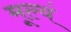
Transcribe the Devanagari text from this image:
मूल्यं